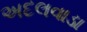
અદલવાડા